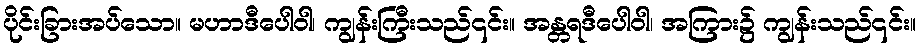
ပိုင်းခြားအပ်သော။ မဟာဒီပေါဝါ၊ ကျွန်းကြီးသည်၎င်း။ အန္တရဒီပေါဝါ၊ အကြား၌ ကျွန်းသည်၎င်း။